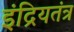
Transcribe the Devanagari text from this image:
इंद्रियतंत्र